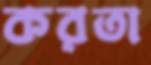
করতা